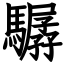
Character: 驏